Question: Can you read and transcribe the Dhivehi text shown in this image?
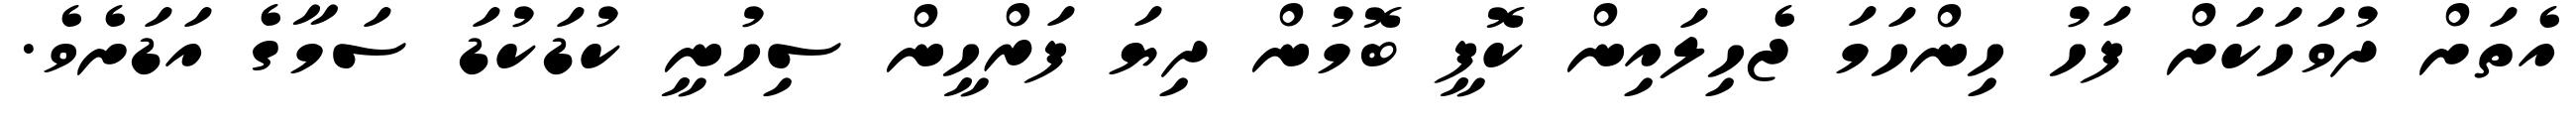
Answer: އެތަށް ދުވަހަކަށް ފަހު ހިންހަމަ ޖެހިލައިން ކޮފީ ބޮމުން ދިޔަ ފަރްހީން ސިހުނީ ކުޑަކުޑަ ސަމާގެ އަޑަށެވެ.